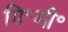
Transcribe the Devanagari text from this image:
गि॰मी॰